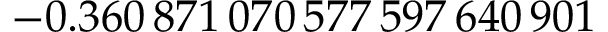
- 0 . 3 6 0 \, 8 7 1 \, 0 7 0 \, 5 7 7 \, 5 9 7 \, 6 4 0 \, 9 0 1